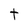
Character: t